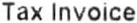
TAX INVOICE